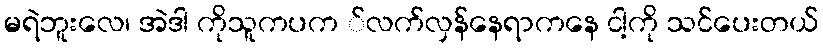
မရဲဘူးလေ၊ အဲဒါ ကိုသူကပက ်လက်လှန်နေရာကနေ ငါ့ကို သင်ပေးတယ်